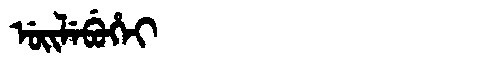
Manchu: ᡠᡳᠯᡝᠪᡠᡥᡝᡳ
Romanization: UILEBUHEI